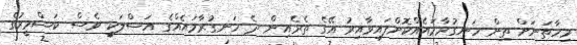
މިހާތަނަށް ތިން ހަނގުރާމައެއްކޮށްފައިވާއިރު އޭގެ ތެރެއިން ދެ ހަނގުރާމައެއްގެ އަސްލަކީ ވެސް ކަޝްމީރުގެ